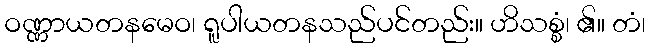
ဝဏ္ဏာယတနမေဝ၊ ရူပါယတနသည်ပင်တည်း။ ဟိသစ္စံ၊ ၏။ တံ၊